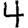
Digit: 4